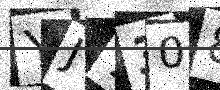
Text: YJ7308